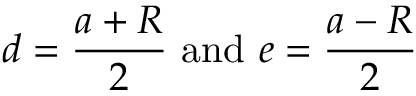
d = { \frac { a + R } { 2 } } { \mathrm { ~ a n d ~ } } e = { \frac { a - R } { 2 } }